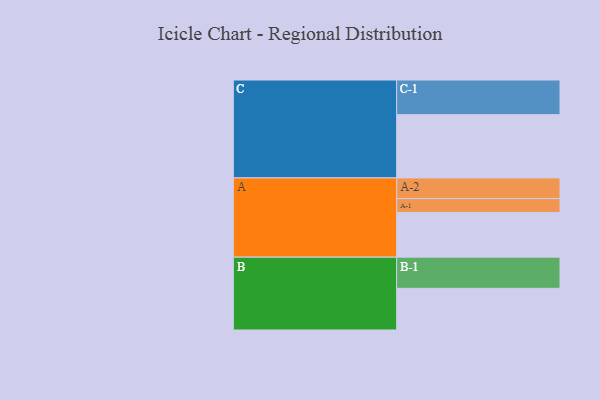
{"axis": {"x": "Segment", "y": "Value"}, "legend": ["", "A", "B", "C"], "data": [{"x": "A", "y": 369, "type": ""}, {"x": "B", "y": 344, "type": ""}, {"x": "C", "y": 522, "type": ""}, {"x": "A-1", "y": 114, "type": "A"}, {"x": "A-2", "y": 171, "type": "A"}, {"x": "B-1", "y": 257, "type": "B"}, {"x": "C-1", "y": 286, "type": "C"}]}